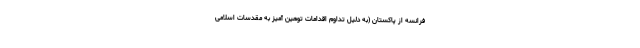
فرانسه از پاکستان (به دلیل تداوم اقدامات توهین آمیز به مقدسات اسلامی